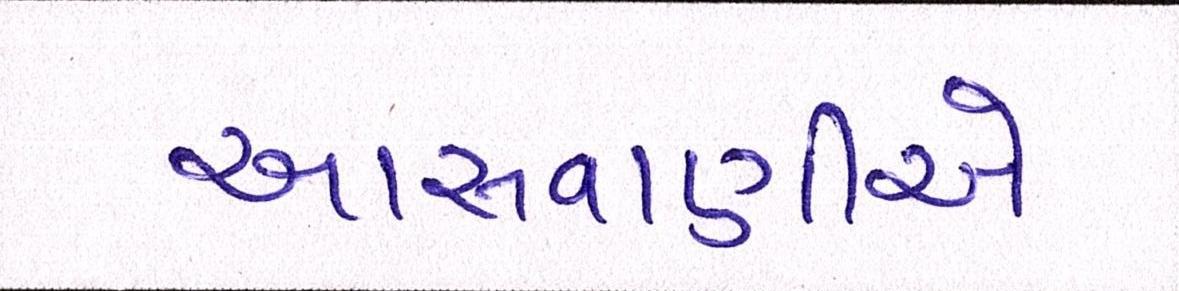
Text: આસવાણીએ